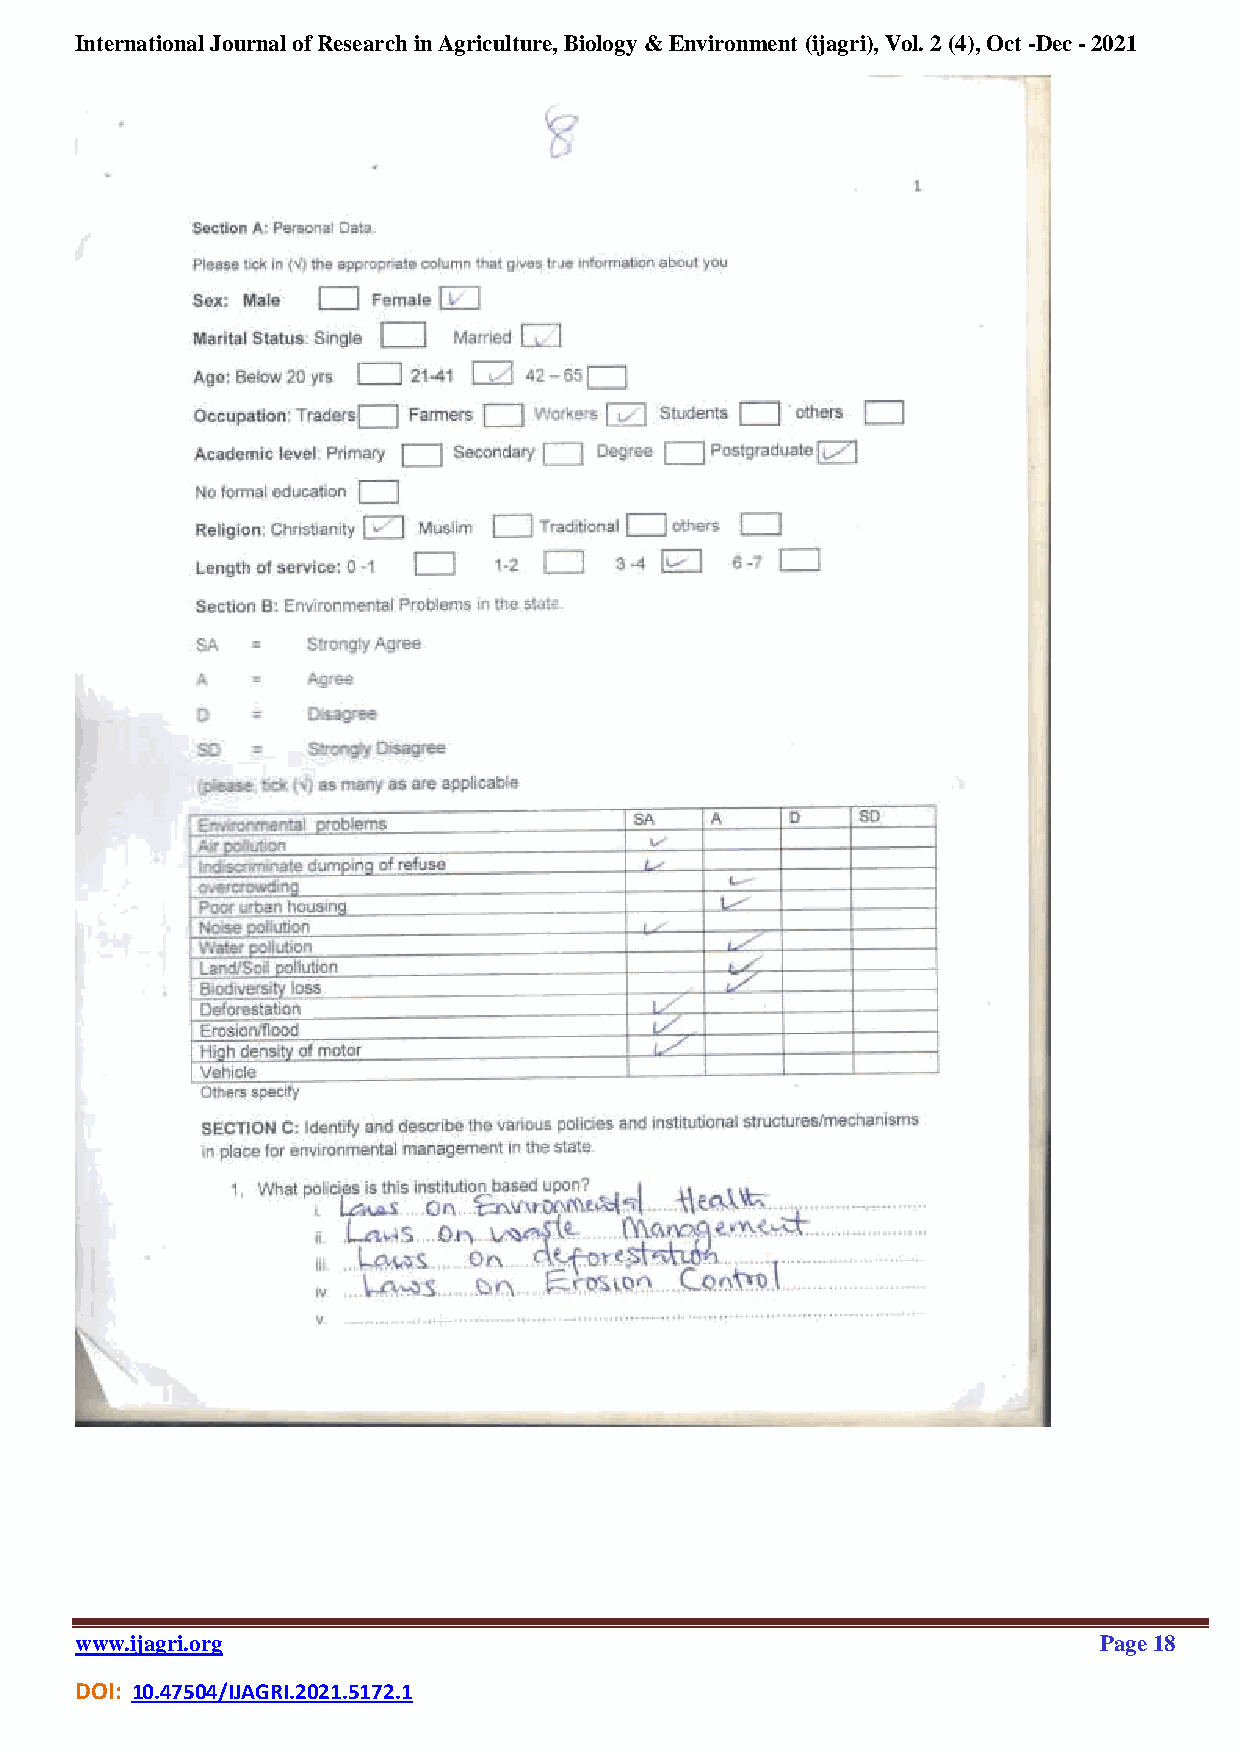
International Journal of Research in Agriculture, Biology & Environment (ijagri), Vol. 2 (4), Oct -Dec - 2021
 www.ijagri.org                                                      Page 18
 DOI: 10.47504/IJAGRI.2021.5172.1